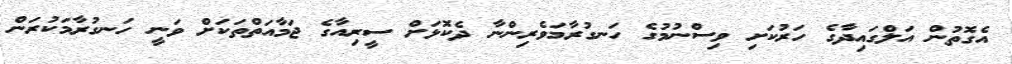
އެގޮތުން އަލްގައިދާގެ ހަރުކަށި ވިސްނުމުގެ ހަނގުރާމަވެރިންނާ ދެކޮަޅަށް ސީރިއާގެ ޖަމާއަތްތަކަށް ވަނީ ހަނގުރާމަކުރަން